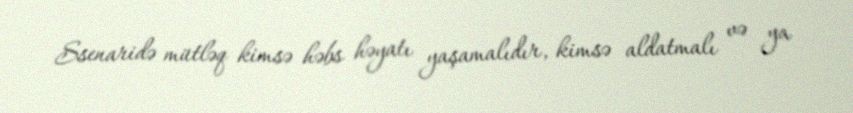
Ssenaridə mütləq kimsə həbs həyatı yaşamalıdır, kimsə aldatmalı və ya